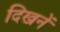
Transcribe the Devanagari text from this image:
दिखनें